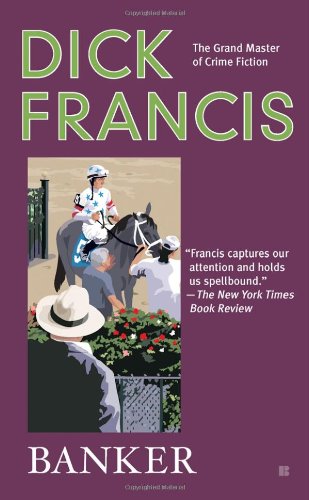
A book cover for Banker; Dick Francis; Literature & Fiction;